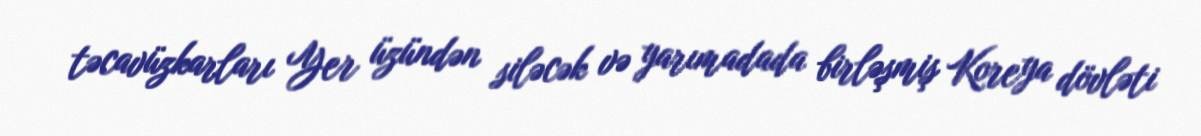
təcavüzkarları Yer üzündən siləcək və yarımadada birləşmiş Koreya dövləti